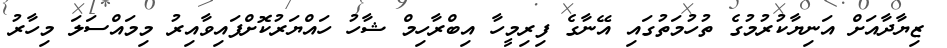
ޒިޔާދާއަށް އަނިޔާކުރުމުގެ ތުހުމަތުގައި އޭނާގެ ފިރިމީހާ އިބްރާހިމް ޝާހު ހައްޔަރުކޮށްފައިވާއިރު މިމައްސަލަ މިހާރު